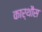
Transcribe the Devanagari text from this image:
कार्थौस